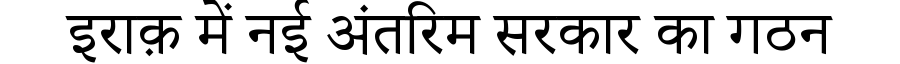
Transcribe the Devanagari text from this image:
इराक़ में नई अंतरिम सरकार का गठन